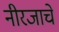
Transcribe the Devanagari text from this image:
नीरजाचे